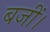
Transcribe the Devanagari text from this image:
बजीं।